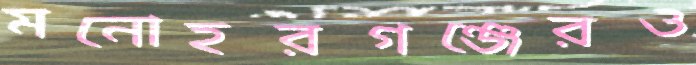
মনোহরগঞ্জেরও